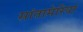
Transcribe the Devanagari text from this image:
सांतामेरिया